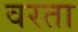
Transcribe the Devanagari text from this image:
वरता